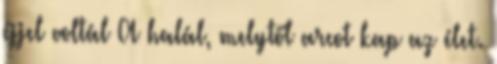
éjjel voltál A halál, melytől arcot kap az élet.